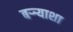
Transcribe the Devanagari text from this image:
बऱ्र्‍याशा